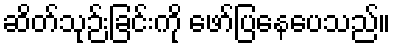
ဆိတ်သုဉ်းခြင်းကို ဖော်ပြနေပေသည်။